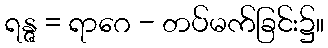
ရန္ဇ = ရာဂေ - တပ်မက်ခြင်း၌။